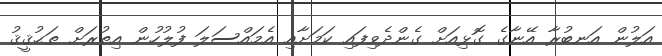
އަލުން އަނބުރާ އޭނާގެ ގޮޅިއަށް ގެންދެވިފައި ކަމަށާއި އެމައްސަލަ ފުލުހުން އިތުރަށް ތަޙުޤީޤު